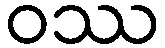
ဝဿ